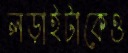
লড়াইটাকেও